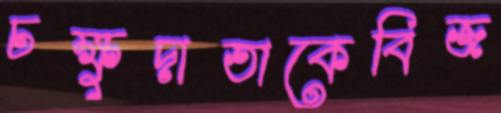
চক্ষুদাতাকেবিজ